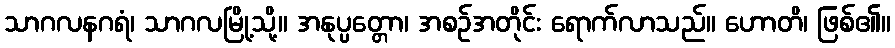
သာဂလနဂရံ၊ သာဂလမြို့သို့။ အနုပ္ပတ္တော၊ အစဉ်အတိုင်း ရောက်လာသည်။ ဟောတိ၊ ဖြစ်၏။